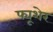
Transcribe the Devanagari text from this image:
फ्यूशेर